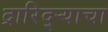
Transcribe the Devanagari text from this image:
द्रारिद्‌र्‍याचा